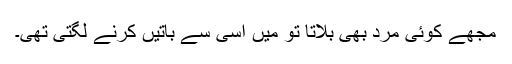
مجھے کوئی مرد بھی بلاتا تو میں اسی سے باتیں کرنے لگتی تھی۔